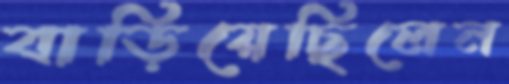
বাড়িয়েছিলেন